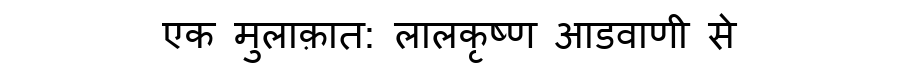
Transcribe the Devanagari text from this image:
एक मुलाक़ात: लालकृष्ण आडवाणी से